Indian journal of veterinary science and animal husbandry - Volume 11,
Year: 1941
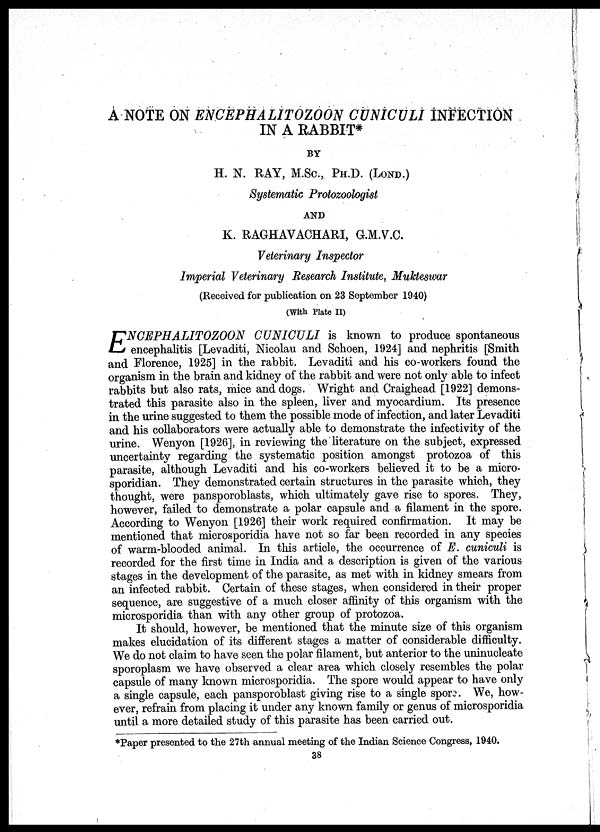
A NOTE ON ENCEPHALITOZOON CUNICULI INFECTION
IN A RABBIT*
BY
H. N. RAY, M.Sc., PH.D. (LOND.)
Systematic Protozoologist
AND
K. RAGHAVACHARI, G.M.V.C.
Veterinary Inspector
Imperial Veterinary Research Institute, Mukteswar
(Received for publication on 23 September 1940)
(With Plate II)
E NCEPHALITOZOON CUNICULI is known to produce spontaneous
encephalitis [Levaditi, Nicolau and Schoen, 1924] and nephritis [Smith
and Florence, 1925] in the rabbit. Levaditi and his co-workers found the
organism in the brain and kidney of the rabbit and were not only able to infect
rabbits but also rats, mice and dogs. Wright and Craighead [1922] demons-
trated this parasite also in the spleen, liver and myocardium. Its presence
in the urine suggested to them the possible mode of infection, and later Levaditi
and his collaborators were actually able to demonstrate the infectivity of the
urine. Wenyon [1926], in reviewing the literature on the subject, expressed
uncertainty regarding the systematic position amongst protozoa of this
parasite, although Levaditi and his co-workers believed it to be a micro¬
sporidian. They demonstrated certain structures in the parasite which, they
thought, were pansporoblasts, which ultimately gave rise to spores. They,
however, failed to demonstrate a polar capsule and a filament in the spore.
According to Wenyon [1926] their work required confirmation. It may be
mentioned that microsporidia have not so far been recorded in any species
of warm-blooded animal. In this article, the occurrence of E. cuniculi is
recorded for the first time in India and a description is given of the various
stages in the development of the parasite, as met with in kidney smears from
an infected rabbit. Certain of these stages, when considered in their proper
sequence, are suggestive of a much closer affinity of this organism with the
microsporidia than with any other group of protozoa.
It should, however, be mentioned that the minute size of this organism
makes elucidation of its different stages a matter of considerable difficulty.
We do not claim to have seen the polar filament, but anterior to the uninucleate
sporoplasm we have observed a clear area which closely resembles the polar
capsule of many known microsporidia. The spore would appear to have only
a single capsule, each pansporoblast giving rise to a single spore. We, how-
ever, refrain from placing it under any known family or genus of microsporidia
until a more detailed study of this parasite has been carried out.
*Paper presented to the 27th annual meeting of the Indian Science Congress, 1940.
38